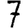
Digit: 7